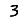
Digit: 3